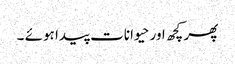
پھر کچھ اور حیوانات پیدا ہوئے ۔